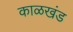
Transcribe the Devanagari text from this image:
काळखंड